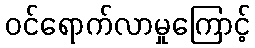
ဝင်ရောက်လာမှုကြောင့်